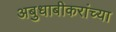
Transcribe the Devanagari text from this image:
अबुधाबीकरांच्या